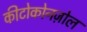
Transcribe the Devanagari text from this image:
कीटोकोनज़ोल